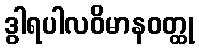
ဒွါရပါလဝိမာနဝတ္ထု